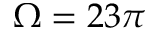
\Omega = 2 3 \pi